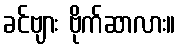
ခင်ဗျား ဗိုက်ဆာလား။